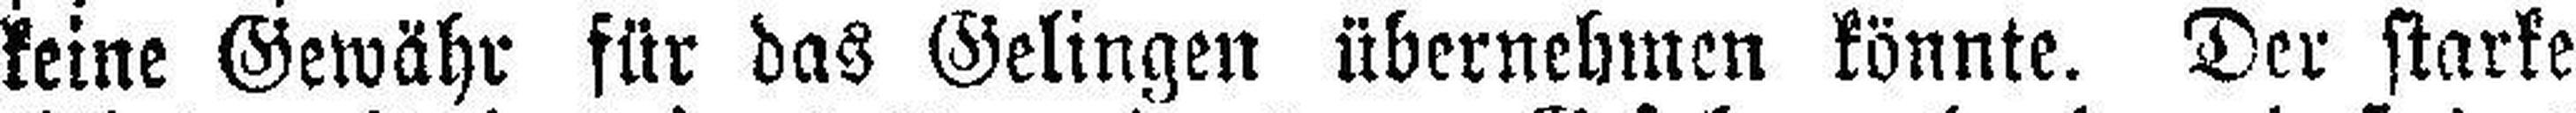
keine Gewähr für das Gelingen übernehmen könnte. Der starke